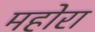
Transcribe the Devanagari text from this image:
महोरा